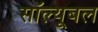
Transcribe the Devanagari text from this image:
सॉल्यूबल